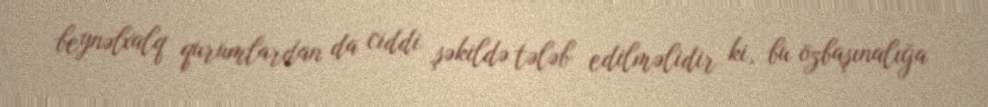
beynəlxalq qurumlardan da ciddi şəkildə tələb edilməlidir ki, bu özbaşınalığa